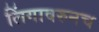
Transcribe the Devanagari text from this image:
लिंगावरुनच